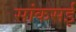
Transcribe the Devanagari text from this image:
सांकसई